Mediterranean fever in India - Number 22
Disease focus: Fever
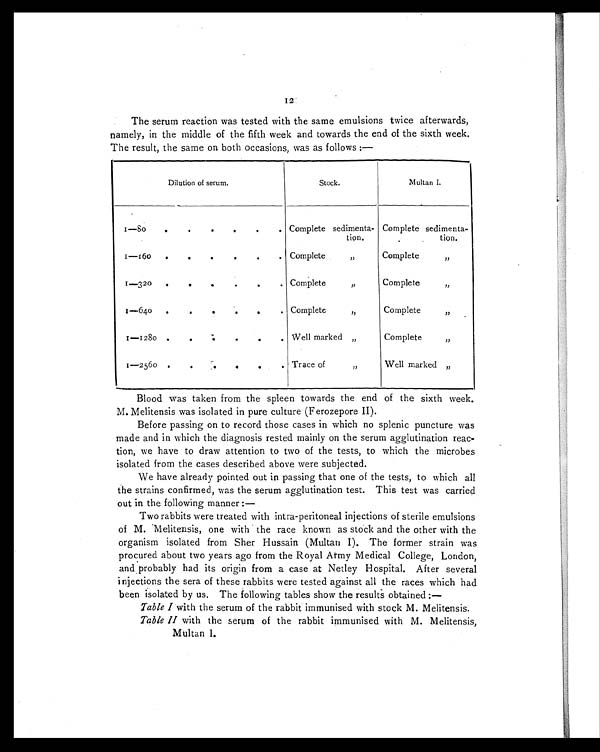
I2
The serum reaction was tested with the same emulsions twice afterwards,
namely, in the middle of the fifth week and towards the end of the sixth week.
The result, the same on both occasions, was as follows:—
Dilution of serum.
Stock.
Multan I.
1—80
.
..
.
.
.
Complete sedimenta-
tion.
Complete sedimenta-
tion.
1—160
.
.
.
.
.
. Complete ,,
Complete ,,
1—320
.
.
.
.
.
. Complete „
Complete ,,
1—640
.
.
.
.
.
.
1—1280 .
.
_
.
.. .
Complete ,,
Well marked „
Complete ,,
Complete ,,
1—2560 .
.
.
.
. „
„
Trace of ,,
Well marked ,,
Blood was taken from the spleen towards the end of the sixth week.
M. Melitensis was isolated in pure culture (Ferozepore II).
Before passing on to record those cases in which no splenic puncture was
made and in which the diagnosis rested mainly on the serum agglutination reac
- t i o n , w e h a v e t o d r a w a t t e n t i o n t o t w o o f t h e t e s t s , t o w h i c h t h e m i c r o b e s
isolated from the cases described above were subjected.
We have already pointed out in passing that one of the tests, to which all
the strains confirmed, was the serum agglutination test. This test was carried
out in the following manner
: —
Two rabbits were treated with intra-peritoneal injections of sterile emulsions
of M. Melitensis, one with the race known as stock and the other with the
organism isolated from Sher Hussain (Multan I). The former strain was
procured about two years ago from the Royal Army Medical College, London,
and probably had its origin from a case at Netley Hospital. After several
injections the sera of these rabbits were tested against all the races which had
been isolated by us. The following tables show the results obtained:—
Table I with the serum of the rabbit immunised with stock M. Melitensis.
Table II with the serum of the rabbit immunised with M. Melitensis,
Multan I.